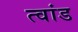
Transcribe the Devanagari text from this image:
त्वांड